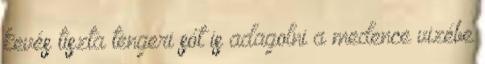
kevés tiszta tengeri sót is adagolni a medence vizébe